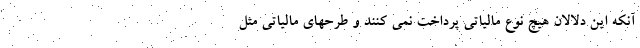
آنکه این دلالان هیچ نوع مالیاتی پرداخت نمی کنند و طرحهای مالیاتی مثل